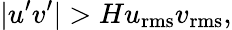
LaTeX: |u^{\prime}v^{\prime}|>Hu_{\mathrm{rms}}v_{\mathrm{rms}},